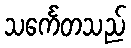
သင်္ကေတသည်